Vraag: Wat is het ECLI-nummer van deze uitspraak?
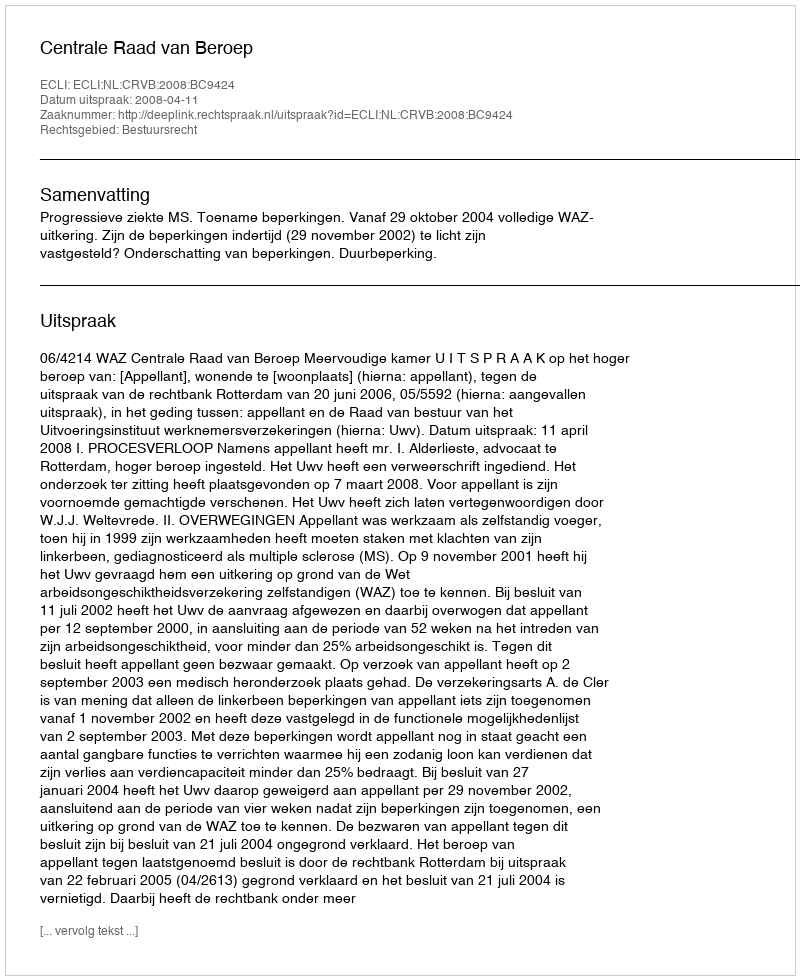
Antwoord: ECLI:NL:CRVB:2008:BC9424